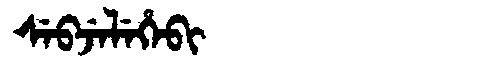
Manchu: ᠰᡝᠪᠵᡝᠯᡝᡥᡝᠪᡳ
Romanization: SEBJELEHEBI